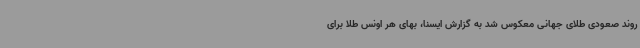
روند صعودی طلای جهانی معکوس شد به گزارش ایسنا، بهای هر اونس طلا برای